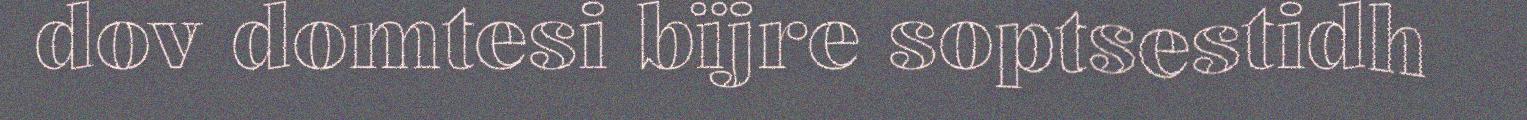
dov domtesi bïjre soptsestidh